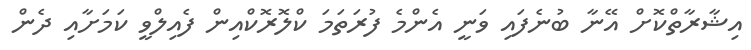
އިޝާރާތްކޮށް އޭނާ ބުނެފައި ވަނީ އެންމެ ފުރަތަމަ ކްލޮރޮކްއިން ފެއިލްވީ ކަމަށާއި ދެން